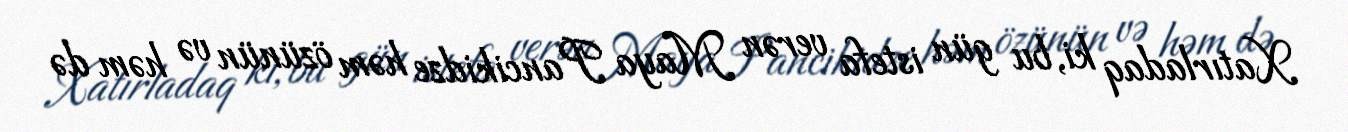
Xatırladaq ki, bu gün istefa verən Maya Pancikidze həm özünün və həm də